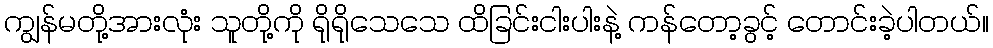
ကျွန်မတို့အားလုံး သူတို့ကို ရိုရိုသေသေ ထိခြင်းငါးပါးနဲ့ ကန်တော့ခွင့် တောင်းခဲ့ပါတယ်။